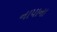
નાપાના